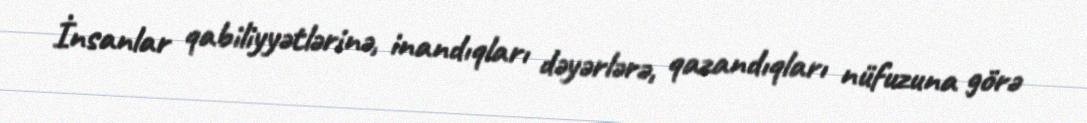
İnsanlar qabiliyyətlərinə, inandıqları dəyərlərə, qazandıqları nüfuzuna görə